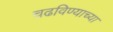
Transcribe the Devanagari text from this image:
चढविण्याच्या